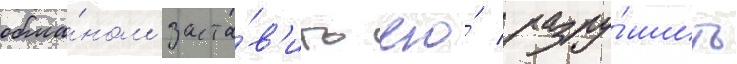
обма́ном заста́в'ить его́ разру́шить